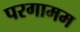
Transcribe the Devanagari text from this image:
परगामम